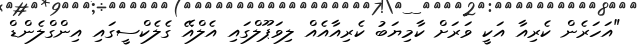
"އަހަރެން ކެރިއާ އަކީ ވަރަށް ކާމިޔަބު ކެރިއާއެއް ލިވަޕޫލްގައި އެލްއޭ ގެލެކްސީގައި އިންގްލެންޑް